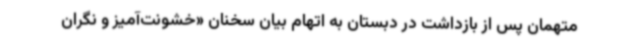
متهمان پس از بازداشت در دبستان به اتهام بیان سخنان «خشونت‌آمیز و نگران